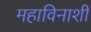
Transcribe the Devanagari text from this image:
महाविनाशी